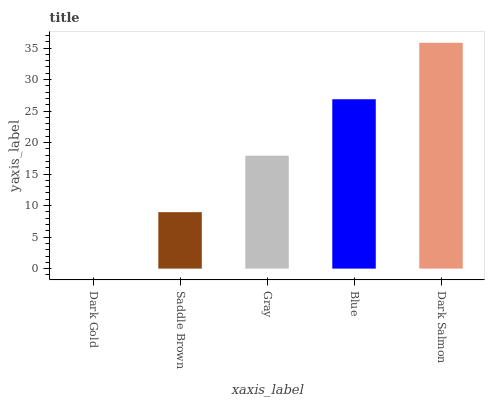
| xaxis_label | bars |
 | --- | --- |
 | Dark Gold | 0 |
 | Saddle Brown | 8.96 |
 | Gray | 17.9 |
 | Blue | 26.9 |
 | Dark Salmon | 35.8 |